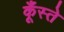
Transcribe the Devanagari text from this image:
कूँस्ते